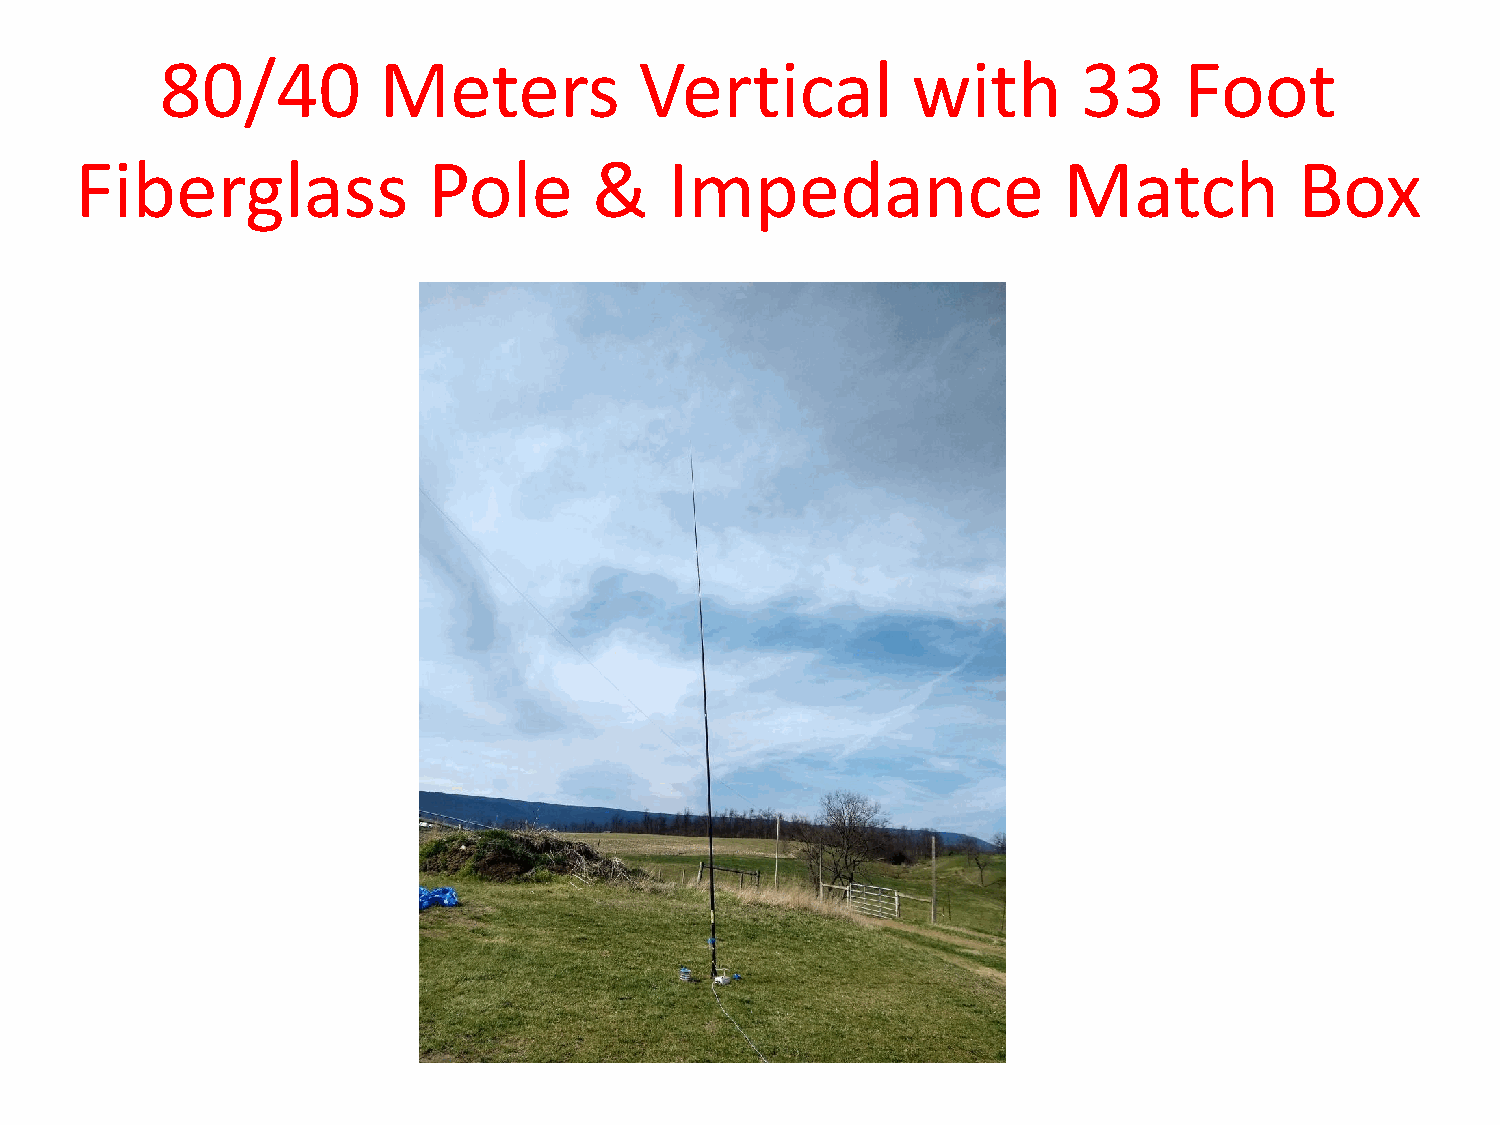
80/40         Meters           Vertical          with        33    Foot
 Fiberglass             Pole       &    Impedance                 Match           Box